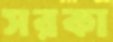
সরকা